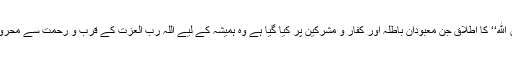
جبکہ ’’مِنْ دُوْنِ اللهِ‘‘ کا اطلاق جن معبودانِ باطلہ اور کفار و مشرکین پر کیا گیا ہے وہ ہمیشہ کے لیے اللہ رب العزت کے قرب و رحمت سے محروم اور دور ہیں۔